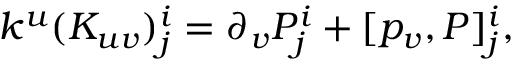
k ^ { u } ( K _ { u v } ) _ { j } ^ { i } = \partial _ { v } P _ { j } ^ { i } + [ p _ { v } , P ] _ { j } ^ { i } ,